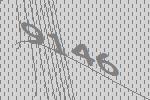
9146